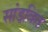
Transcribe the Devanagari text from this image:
सांडवित